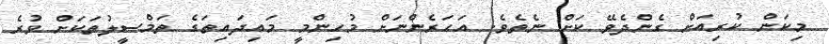
މިކަން ކުރިއަށް ގެންދެވޭ ކަށް ނެތެވެ. އަހަރެންނަށް މުހިންމީ މައިދައިތަގެ ތަމްސީލުތަކަށް ވުރެ